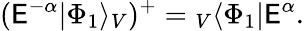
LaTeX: (\mathsf{E}^{-\alpha}|\Phi_{1}\rangle_{V})^{+}={}_{V}\langle\Phi_{1}|\mathsf{E}^{\alpha}.